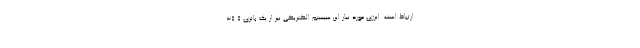
ارتباط است. انرژی مورد نیاز این سیستم الکتریکی نیز از یک باتری 35.5